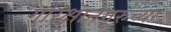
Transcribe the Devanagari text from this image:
गोरक्षानेंगुरुच्या